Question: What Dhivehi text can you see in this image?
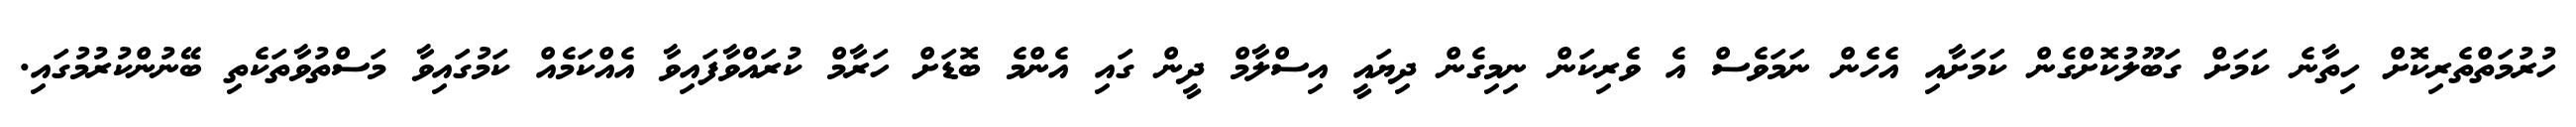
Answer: ހުރުމަތްތެރިކޮށް ހިތާނެ ކަމަށް ގަބޫލުކޮށްގެން ކަމަށާއި އެހެން ނަމަވެސް އެ ވެރިކަން ނިމިގެން ދިޔައީ އިސްލާމް ދީން ގައި އެންމެ ބޮޑަށް ހަރާމް ކުރައްވާފައިވާ އެއްކަމެއް ކަމުގައިވާ މަސްތުވާތަކެތި ބޭނުންކުރުމުގައި.